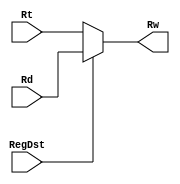
module mux2to1_regdst(Rt,Rd,RegDst,Rw);
input [4:0] Rt;
input [4:0] Rd;
input RegDst;
output [4:0] Rw;

assign Rw=(RegDst)?Rd:Rt;
endmodule